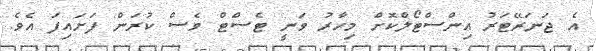
އެ ޖަނަރޭޓަރު އިންސްޓޯލްކޮށް މިހާރު ވަނީ ޓެސްޓް ވެސް ކުރަން ފަށައިފަ އެވެ.